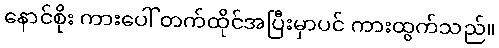
နောင်စိုး ကားပေါ် တက်ထိုင်အပြီးမှာပင် ကားထွက်သည်။